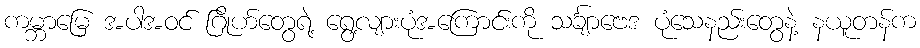
ကမ္ဘာမြေ အပါအဝင် ဂြိုဟ်တွေရဲ့ ရွေ့လျားပုံအကြောင်းကို သင်္ချာဗေဒ ပုံသေနည်းတွေနဲ့ နယူတန်က